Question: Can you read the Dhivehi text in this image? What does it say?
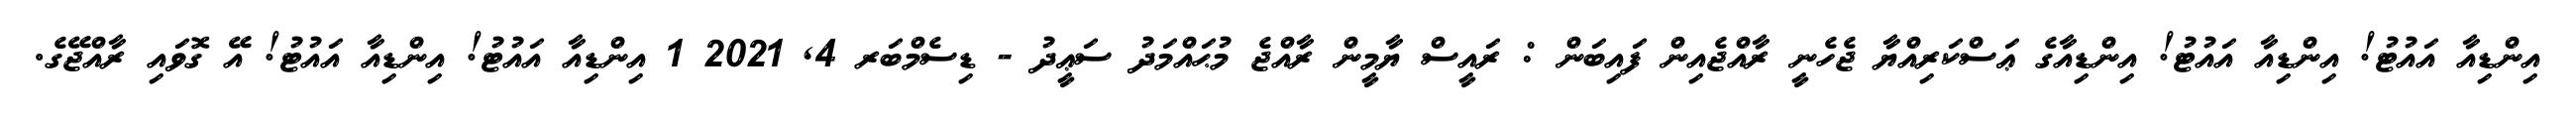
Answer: އިންޑިއާ އައުޓު! އިންޑިއާ އައުޓު! އިންޑިއާގެ ޢަސްކަރިއްޔާ ޖެހެނީ ރާއްޖެއިން ފައިބަން : ރައީސް ޔާމީން ރާއްޖެ މުޙައްމަދު ސަޢީދު - ޑިސެމްބަރ 4, 2021 1 އިންޑިއާ އައުޓު! އިންޑިއާ އައުޓު! އޭ ގޮވައި ރާއްޖޭގެ.